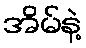
အိမ်နဲ့